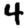
Digit: 4